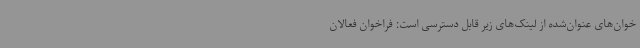
خوان‌های عنوان‌شده از لینک‌های زیر قابل دسترسی است: فراخوان فعالان